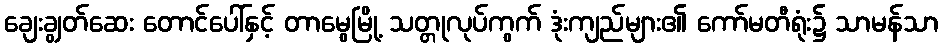
ချေးချွတ်ဆေး တောင်ပေါ်နှင့် တာမွေမြို့ သတ္တုလုပ်ကွက် ဒုံးကျည်များ၏ ကော်မတီရုံး၌ သာမန်သာ